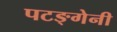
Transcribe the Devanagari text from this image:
पटङ्गेनी